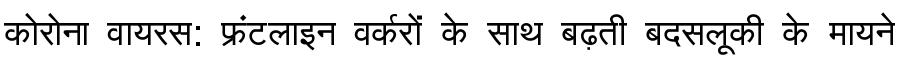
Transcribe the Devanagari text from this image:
कोरोना वायरस: फ्रंटलाइन वर्करों के साथ बढ़ती बदसलूकी के मायने